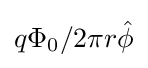
q\Phi _{0}/2\pi r{\hat {\phi }}